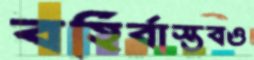
বহির্বাস্তবও